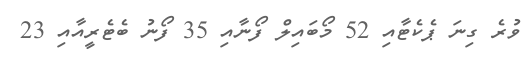
ވުރެ ގިނަ ޕެކެޓާއި 52 މޯބައިލް ފޯނާއި 35 ފޯނު ބެޓެރީއާއި 23